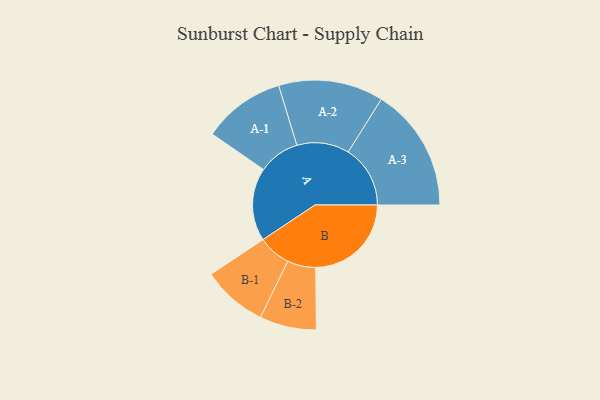
{"axis": {"x": "Segment", "y": "Value"}, "legend": ["", "A", "B"], "data": [{"x": "A", "y": 291, "type": ""}, {"x": "B", "y": 381, "type": ""}, {"x": "A-1", "y": 164, "type": "A"}, {"x": "A-2", "y": 209, "type": "A"}, {"x": "A-3", "y": 247, "type": "A"}, {"x": "B-1", "y": 130, "type": "B"}, {"x": "B-2", "y": 113, "type": "B"}]}